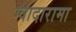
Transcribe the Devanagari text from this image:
ग्वादारामा